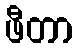
ဖီတာ